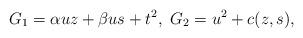
LaTeX: \begin{align*}G_1 = \alpha u z + \beta u s + t^2, \ G_2 = u^2 + c (z,s),\end{align*}